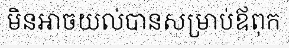
មិនអាចយល់បានសម្រាប់ឪពុក